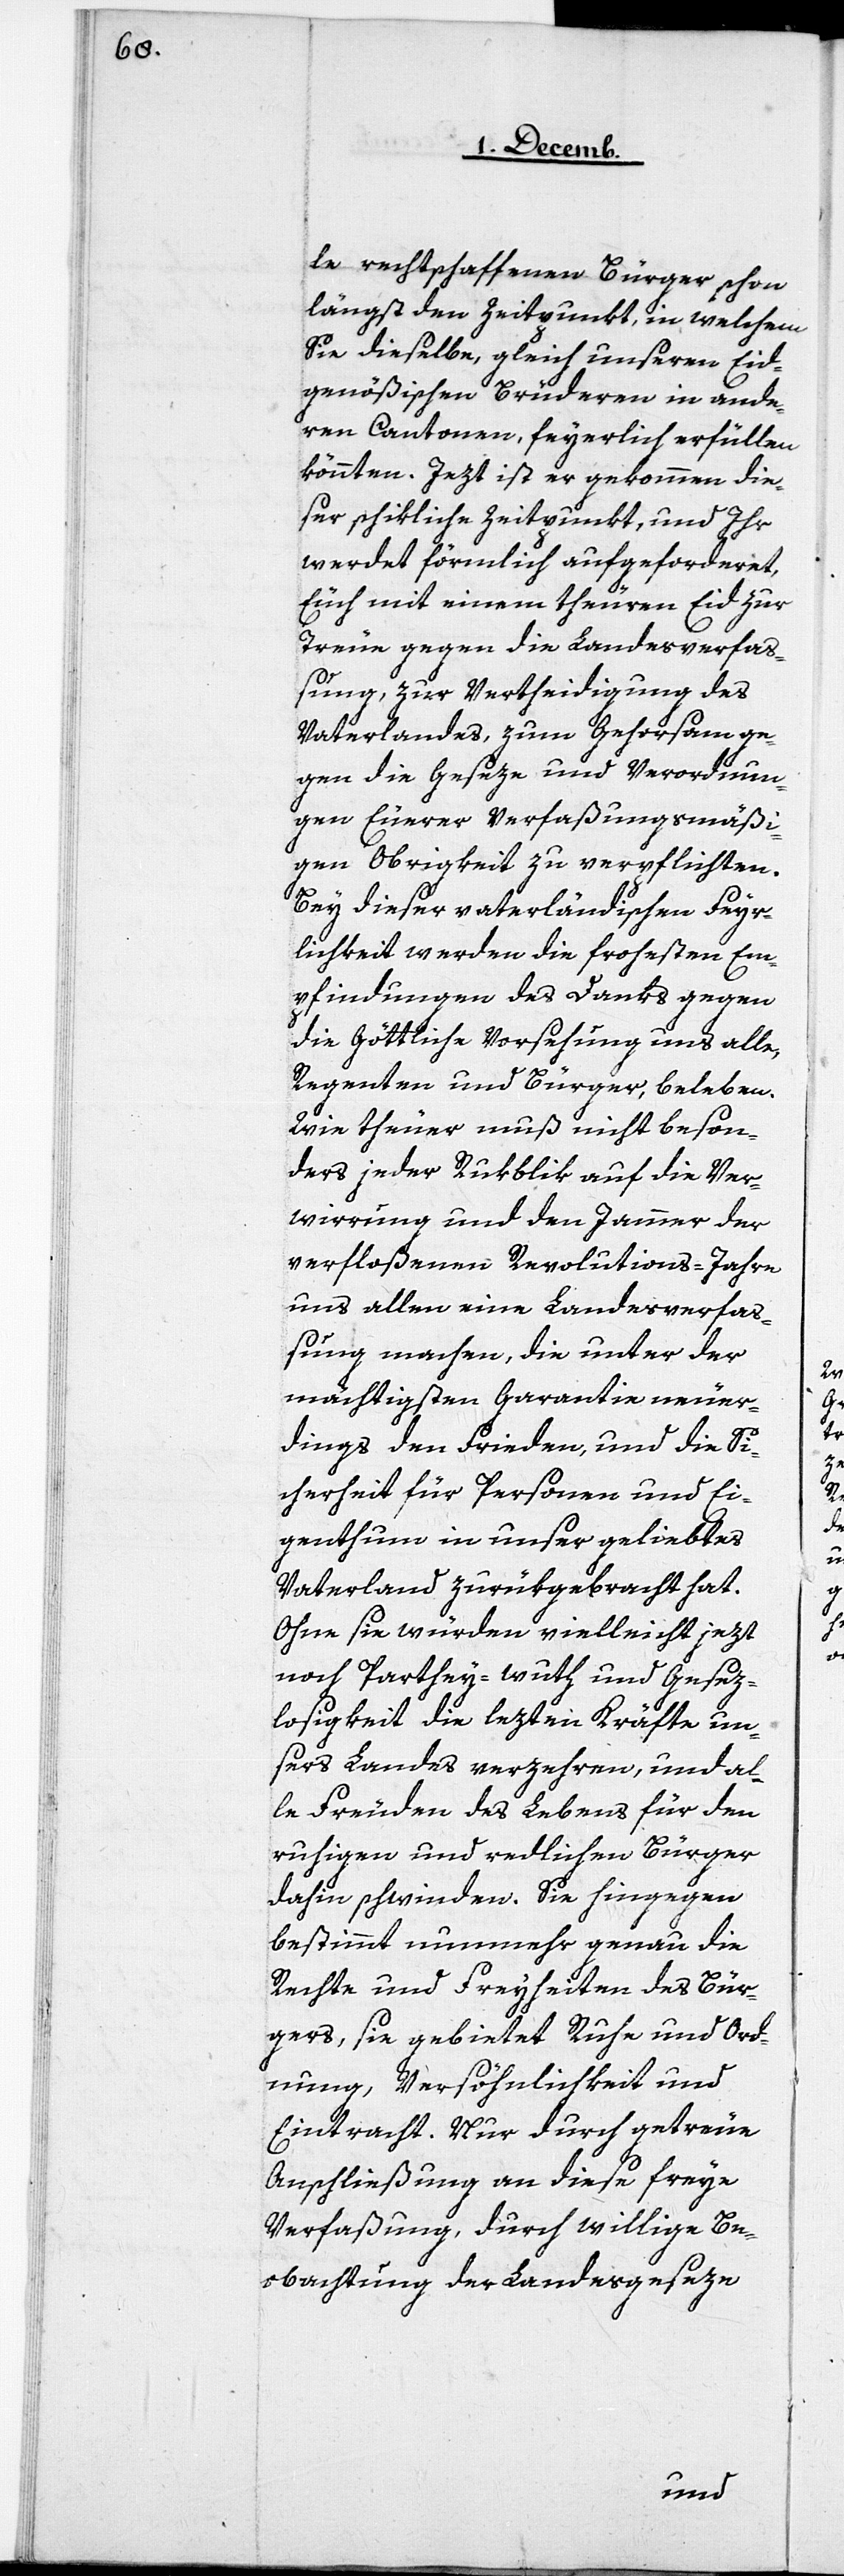
le rechtschaffenen Bürger schon
längst den Zeitpunkt, in welchem
Sie dieselbe, gleich unserem Eid¬
genößischen Brüderen in ande¬
ren Cantonen, feyerlich erfüllen
könnten. Jezt ist er gekommen, die¬
ser schikliche Zeitpunkt, und Ihr
werdet förmlich aufgeforderet,
Euch mit einem theuren Eid zur
Treue gegen die Landesverfaß¬
ung, zur Vertheidigung des
Vaterlandes, zum Gehorsam ge¬
gen die Geseze und Verordnun¬
gen Euerer Verfaßungsmäßi¬
gen Obrigkeit zu verpflichten.
Bey dieser vaterländischen Feyr¬
lichkeit werden die frohesten Em¬
pfindungen des Danks gegen
die Göttliche Vorsehung uns alle,
Regenten und Bürger, beleben.
Wie theuer muß nicht beson¬
ders jeder Rükblick auf die Ver¬
wirrung und den Jammer der
verfloßenen Revolutions-Jahre
uns allen eine Landesverfa¬
ßung machen, die unter der
mächtigsten Garantie neuer¬
dings den Frieden, und die Si¬
cherheit für Personen und Ei¬
genthum in unser geliebtes
Vaterland zurükgebracht hat.
Ohne sie würden vielleicht jezt
noch Parthey-Wuth und Gesez¬
losigkeit die lezten Kräfte un¬
sers Landes verzehren, und al¬
le Freuden des Lebens für den
ruhigen und redlichen Bürger
dahin schwinden. Sie hingegen
bestimmt nunmehr genau die
Rechte und Freyheiten des Bür¬
gers, sie gebietet Ruhe und Ord¬
nung, Versöhnlichkeit und
Eintracht. Nur durch getreue
Anschließung an diese freye
Verfaßung, durch willige Be¬
obachtung der Landesgeseze